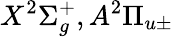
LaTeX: X^{2}\Sigma_{g}^{+},A^{2}\Pi_{u\pm}